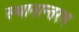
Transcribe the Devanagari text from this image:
स्‍थानान्‍तरण